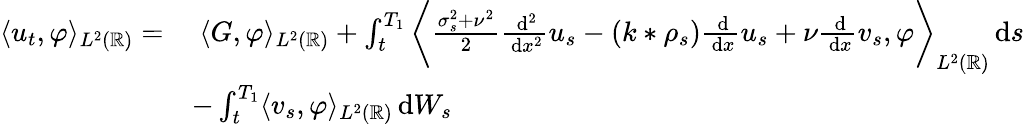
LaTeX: \begin{array}{rl}{\langle u_{t},\varphi\rangle_{L^{2}(\mathbb{R})}=}&{\; \langle G,\varphi\rangle_{L^{2}(\mathbb{R})}+\int_{t}^{T_{1}}\bigg\langle\frac{\sigma_{s}^{2}+\nu^{2}}{2}\frac{\, \mathrm{d}^{2}}{\, \mathrm{d}x^{2}}u_{s}-(k*\rho_{s})\frac{\, \mathrm{d}}{\, \mathrm{d}x}u_{s}+\nu\frac{\, \mathrm{d}}{\, \mathrm{d}x}v_{s},\varphi\bigg\rangle_{L^{2}(\mathbb{R})}\, \mathrm{d}s}\\ &{-\int_{t}^{T_{1}}\langle v_{s},\varphi\rangle_{L^{2}(\mathbb{R})}\, \mathrm{d}W_{s}}\end{array}